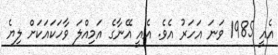
އެއީ 1985 ވަނަ އަހަރު އެވެ. އެއީ އޭނާގެ އަމިއްލަ ވާހަކައަކަށް ލިޔެ